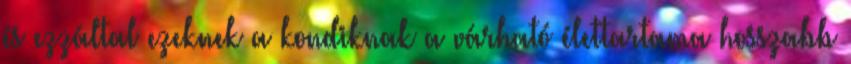
és ezzáltal ezeknek a kondiknak a várható élettartama hosszabb